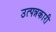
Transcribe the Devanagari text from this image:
उत्पन्नकारी